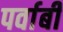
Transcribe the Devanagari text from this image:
पर्वाबी